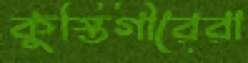
কুস্তিগীরেরা